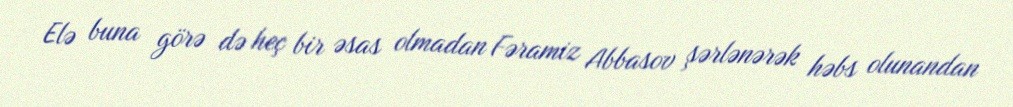
Elə buna görə də heç bir əsas olmadan Fəramiz Abbasov şərlənərək həbs olunandan